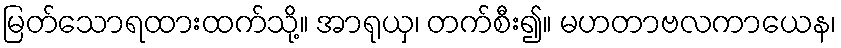
မြတ်သောရထားထက်သို့။ အာရုယှ၊ တက်စီး၍။ မဟတာဗလကာယေန၊